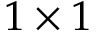
1 \times 1